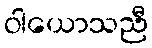
ဝါယောသညီ